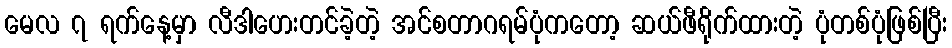
မေလ ၇ ရက်နေ့မှာ လီဒါဟေးတင်ခဲ့တဲ့ အင်စတာဂရမ်ပုံကတော့ ဆယ်ဖီရိုက်ထားတဲ့ ပုံတစ်ပုံဖြစ်ပြီး